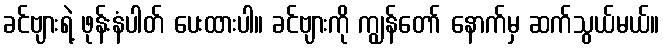
ခင်ဗျားရဲ့ ဖုန်းနံပါတ် ပေးထားပါ။ ခင်ဗျားကို ကျွန်တော် နောက်မှ ဆက်သွယ်မယ်။